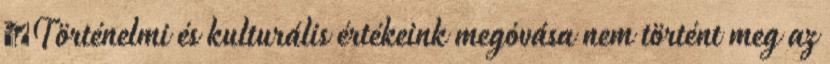
▪Történelmi és kulturális értékeink megóvása nem történt meg az